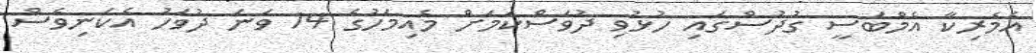
އެމެރިކާ އެމްބަސީ ގުދުސްގައި ހުޅުވި ދުވަސްކަމަށް މެއިމަހުގެ 14 ވަނަ ދުވަހު އެކަނިވެސް